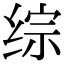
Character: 综